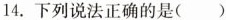
14.下列说法正确的是( )